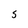
Character: S